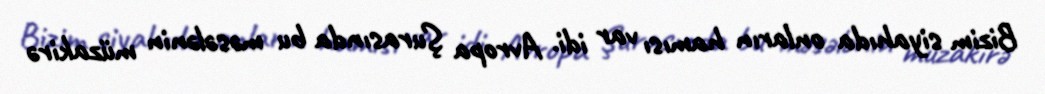
Bizim siyahıda onların hamısı var idi. Avropa Şurasında bu məsələnin müzakirə